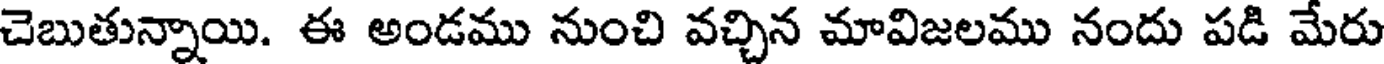
చెబుతున్నాయి. ఈ అండము నుంచి వచ్చిన మావిజలము నందు పడి మేరు